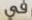
في